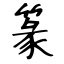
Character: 篆